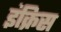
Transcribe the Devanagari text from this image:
इंक्रिस